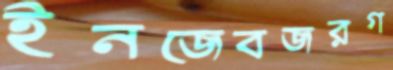
ইনজেবজরগ